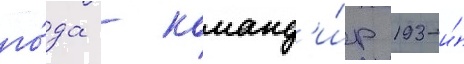
го́да - команд'и́р 193-и́